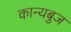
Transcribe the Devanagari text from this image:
कान्यबुज